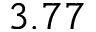
3 . 7 7